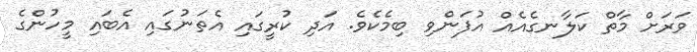
ވަރަށް މާތް ކަލާނގެއެއް އުފަންވި ބިމެކެވެ. އަދި ކުރީގައި އެތަނުގައި އެބައި މީހުންގެ